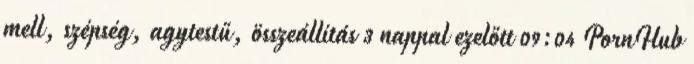
mell, szépség, agytestű, összeállítás 3 nappal ezelőtt 09:04 PornHub